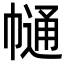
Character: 𢄟